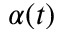
\alpha ( t )